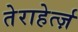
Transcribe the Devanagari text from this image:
तेराहेर्त्ज़